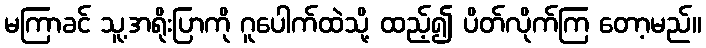
မကြာခင် သူ့အရိုးပြာကို ဂူပေါက်ထဲသို့ ထည့်၍ ပိတ်လိုက်ကြ တော့မည်။